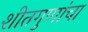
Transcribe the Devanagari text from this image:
शीतगुणांचा